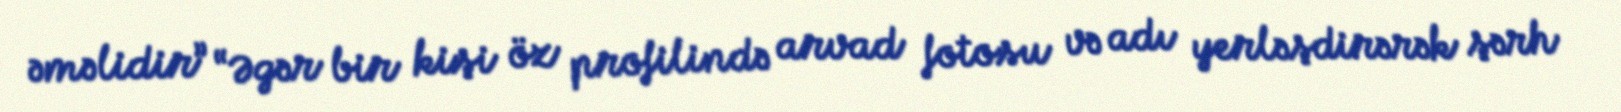
əməlidir” “Əgər bir kişi öz profilində arvad fotosu və adı yerləşdirərək şərh